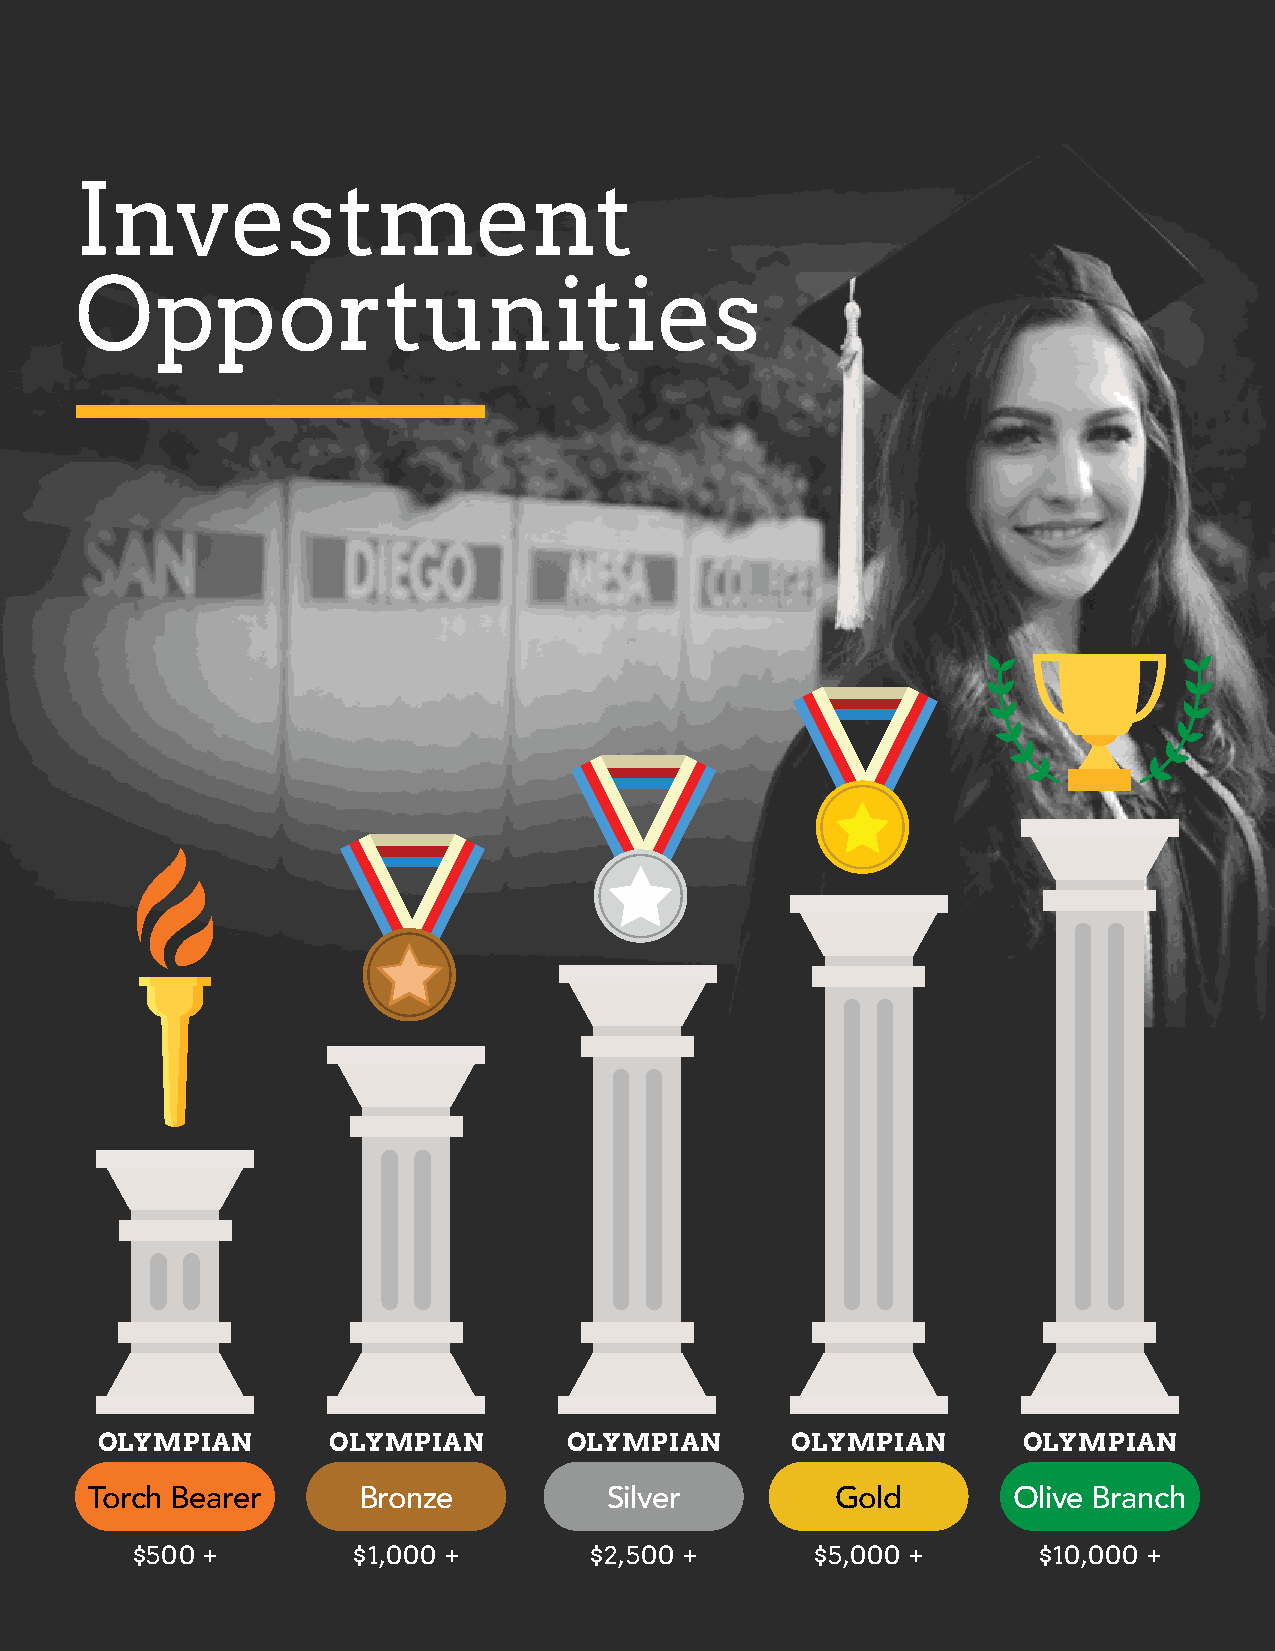
Investment
 Opportunities
 OLYMPIAN        OLYMPIAN        OLYMPIAN      OLYMPIAN        OLYMPIAN
 Torch Bearer      Bronze          Silver         Gold        Olive Branch
 $500 +        $1,000 +        $2,500 +       $5,000 +       $10,000 +